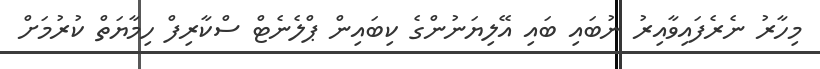
މިހާރު ނެރެފައިވާއިރު ނުބައި ބައި އޭލިޔަނުންގެ ކިބައިން ޕްލެނެޓް ސްކާރިފް ހިމާޔަތް ކުރުމަށް